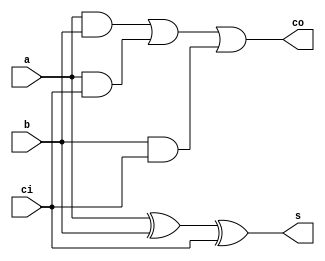
module Add1b(
  input a,
  input b,
  input ci,
  output s,
  output co
);

  assign s = a ^ b ^ ci;
  assign co = (a&b) | (a&ci) | (b&ci);

endmodule

module AddSub #(
  parameter WIDTH = 8 // WIDTH should be greater than 1
) (
  input [WIDTH-1:0] A,
  input [WIDTH-1:0] B,
  input Ctrl,
  output[WIDTH-1:0] S,
  output Co
);

  wire[WIDTH:0] C_temp;
  assign C_temp[0] = Ctrl;

  wire[WIDTH-1:0] S_temp;

  wire[WIDTH-1:0] Bo;
  assign Bo = {WIDTH{Ctrl}} ^ B;

  genvar i;
  generate 
    for(i = 0; i < WIDTH; i = i+1) begin
      Add1b u0 ( .a(A[i]), .b(Bo[i]), .ci(C_temp[i]), .s(S_temp[i]), .co(C_temp[i+1]) );
    end
  endgenerate

  assign Co = 1'b0 == Ctrl ? C_temp[WIDTH] : ~C_temp[WIDTH]; // deal with carry bit when subtracting
  assign S = S_temp;
  


endmodule